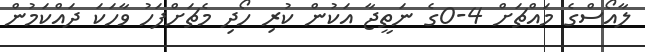
ލާއޯސްގެ މައްޗަށް 4-0ގެ ނަތީޖާ އަކުން ކުރި ހޯދި މެޗަށްފަހު ވާހަކަ ދައްކަމުން